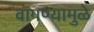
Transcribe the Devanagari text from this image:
वागण्यामुळे